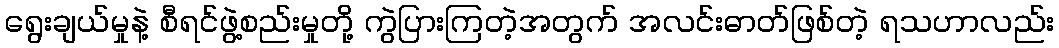
ရွေးချယ်မှုနဲ့ စီရင်ဖွဲ့စည်းမှုတို့ ကွဲပြားကြတဲ့အတွက် အလင်းဓာတ်ဖြစ်တဲ့ ရသဟာလည်း